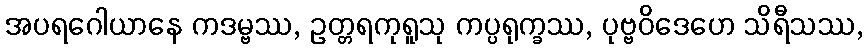
အပရဂေါယာနေ ကဒမ္ဗဿ, ဥတ္တရကုရူသု ကပ္ပရုက္ခဿ, ပုဗ္ဗဝိဒေဟေ သိရီသဿ,